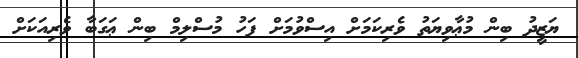
ޔަޒީދު ބިން މުޢާވިޔަތު ވެރިކަމަށް އިސްވުމަށް ފަހު މުސްލިމް ބިން ޢަގަބާ ވެރިއަކަށް